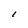
Character: l